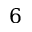
6